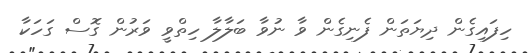
ހިފައިގެން ދިޔަތަން ފެނިގެން ވާ ނުވާ ބަލާލާ ހިތްވީ ވަރުން ގޮސް ގަހަކާ